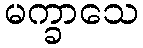
မက္ခာသေ